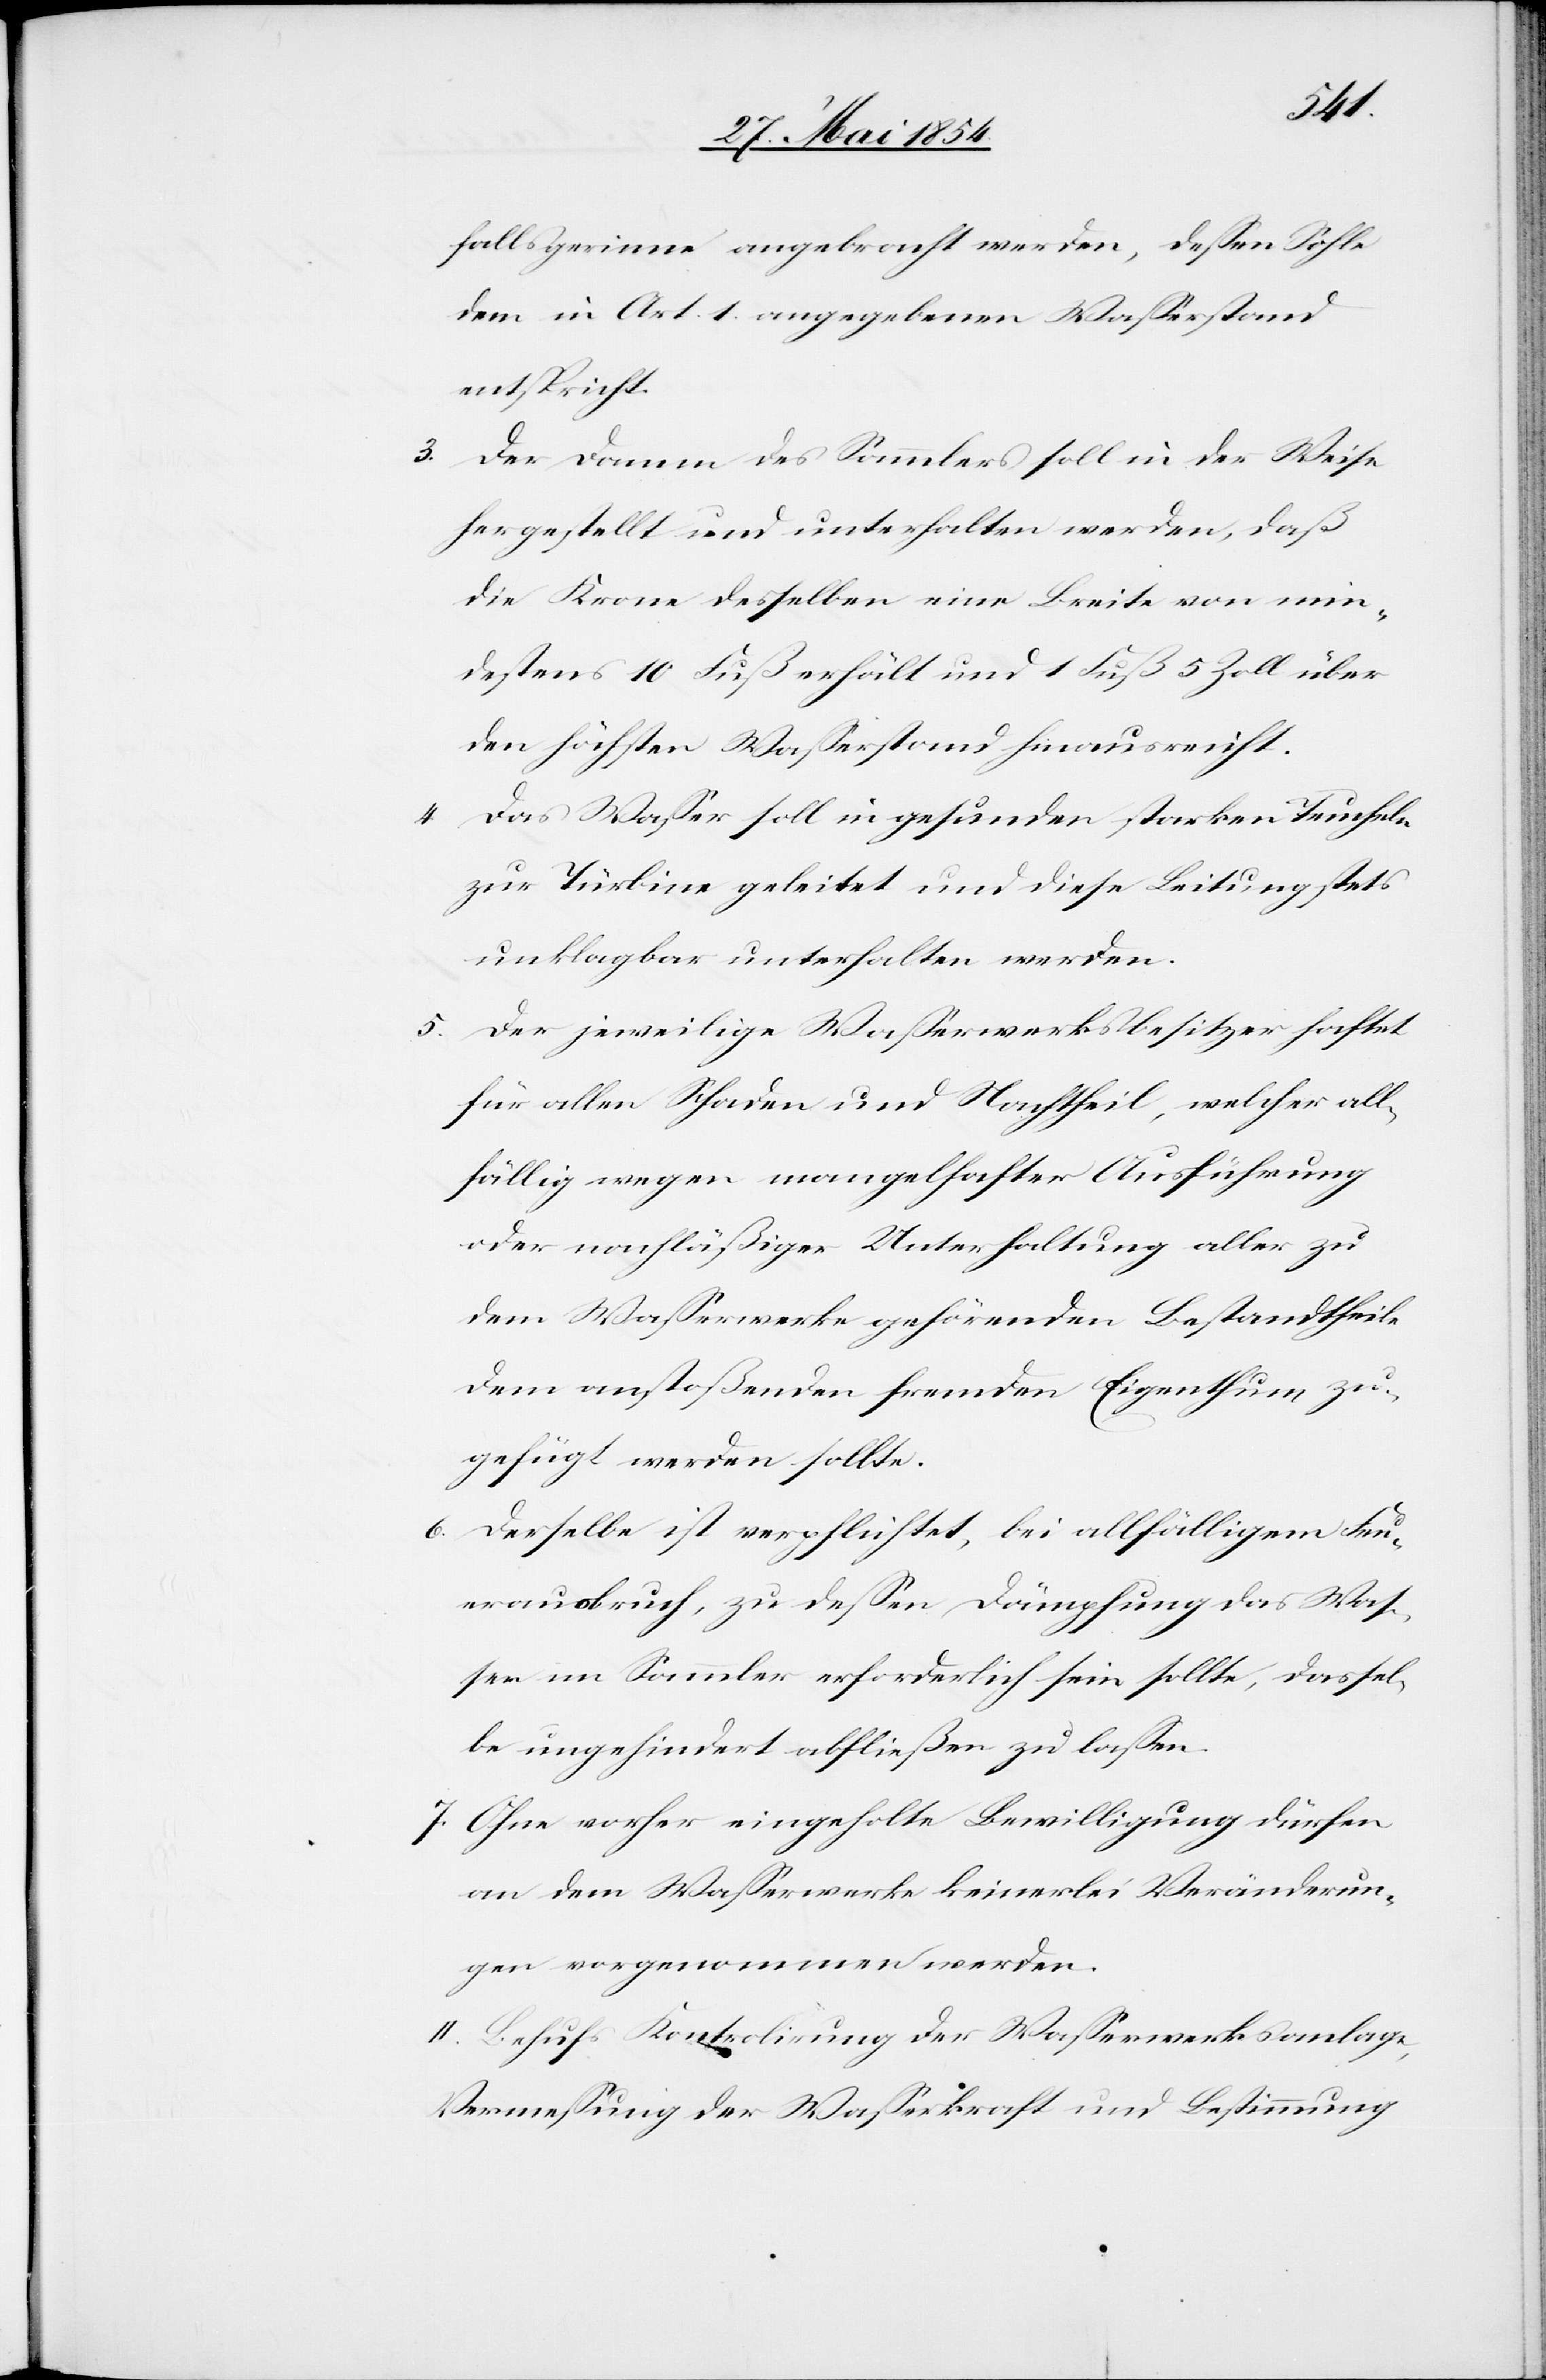
fallsgerinne angebracht werden, deßen Sohle
dem in Art. 1 angegebenen Waßerbestand
entspricht.
3. Der Damm des Sammlers soll in der Weise
hergestellt und unterhalten werden, daß
die Krone desselben eine Breite von min¬
destens 10 Fuß erhält und 1 Fuß 5 Zoll über
den höchsten Waßerstand hinausreicht.
Das Waßer soll in gesunden starken Teucheln
4.
zur Turbine geleitet und diese Leitung stets
unklagbar unterhalten werden.
5. Der jeweilige Waßerwerksbesitzer haftet
für allen Schaden und Nachtheil, welcher all¬
fällig wegen mangelhafter Ausführung
oder nachläßiger Unterhaltung aller zu
dem Waßerwerke gehörenden Bestandtheile
dem anstoßenden fremden Eigenthum zu¬
gefügt werden sollte.
6. Derselbe ist verpflichtet, bei allfälligem Feu¬
erausbruch, zu deßen Dämpfung das Waß¬
er im Sammler erforderlich sein sollte, dassel¬
be ungehindert abfließen zu laßen.
7. Ohne vorher eingeholte Bewilligung dürfen
an dem Waßerwerke keinerlei Veränderun¬
gen vorgenommen werden.
II. Behufs Kontrolirung der Waßerwerksanlage,
Vermeßung der Waßerkraft und Bestimmung